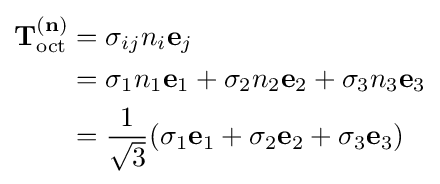
{\begin{aligned}\mathbf {T} _{\text{oct}}^{(\mathbf {n} )}&=\sigma _{ij}n_{i}\mathbf {e} _{j}\\&=\sigma _{1}n_{1}\mathbf {e} _{1}+\sigma _{2}n_{2}\mathbf {e} _{2}+\sigma _{3}n_{3}\mathbf {e} _{3}\\&={\frac {1}{\sqrt {3}}}(\sigma _{1}\mathbf {e} _{1}+\sigma _{2}\mathbf {e} _{2}+\sigma _{3}\mathbf {e} _{3})\end{aligned}}